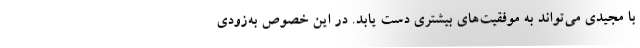
با مجیدی می‌تواند به موفقیت‌های بیشتری دست یابد. در این خصوص به‌زودی